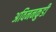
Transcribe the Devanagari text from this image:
अविननकुडी